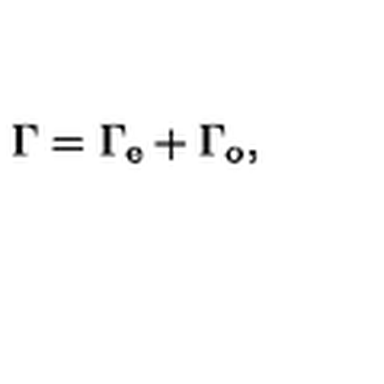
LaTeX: \Gamma = \Gamma _ { \mathrm { e } } + \Gamma _ { \mathrm { o } } ,